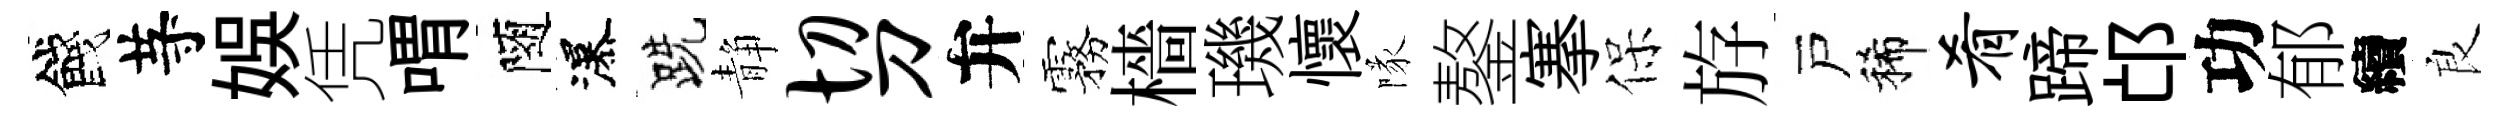
餞䒭娱凭喟隨瀑跣静切刀弁霧檣璣懷隊鏊搴保斿戸稀肴蹄邙功郁續良